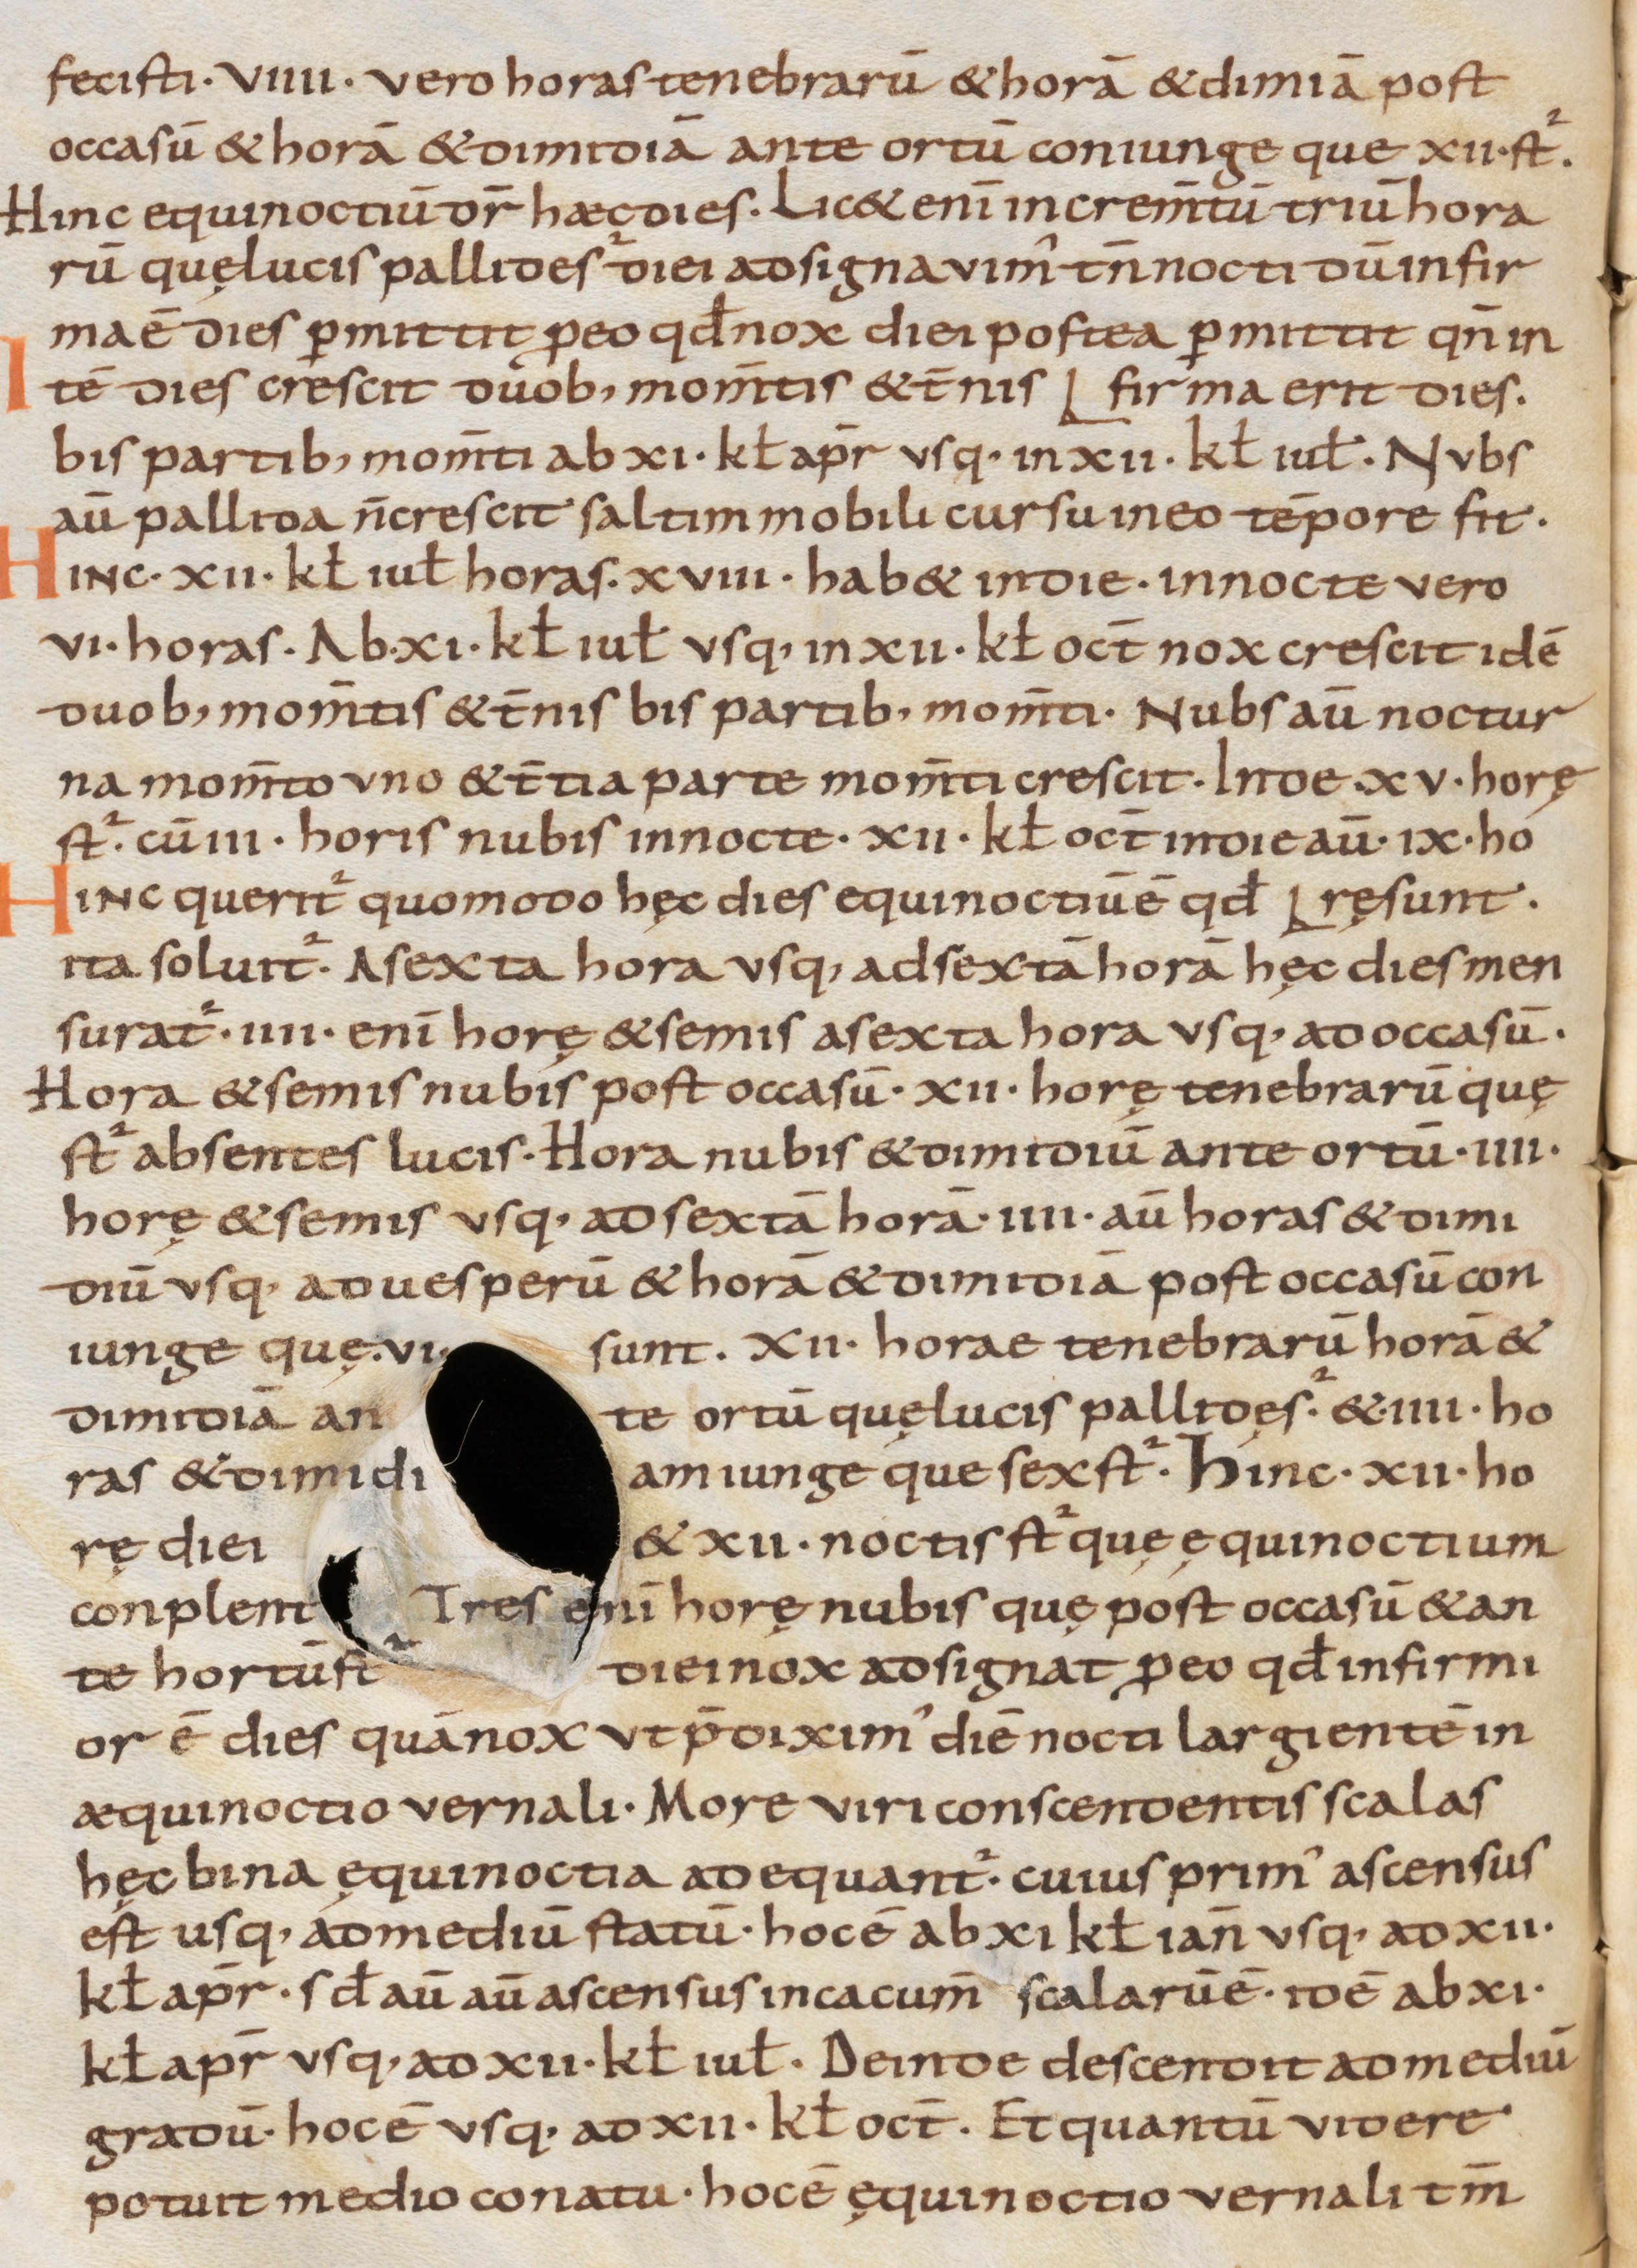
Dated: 800–1299